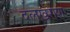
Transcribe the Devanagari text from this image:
दलख़राश